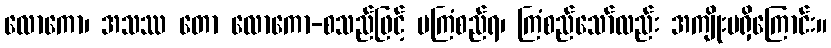
လောကော၊ အသဿ တော လောကော-စသည်ဖြင့် မကြံစည်ရ၊ ကြံစည်သော်လည်း အကျိုးမရှိကြောင်း။